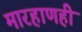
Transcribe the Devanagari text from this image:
मारहाणही